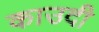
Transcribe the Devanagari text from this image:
काउदी